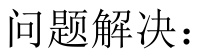
问题解决：